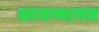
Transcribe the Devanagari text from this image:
सामन्यानत